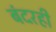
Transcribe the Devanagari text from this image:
बंदरही